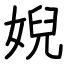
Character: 婗